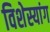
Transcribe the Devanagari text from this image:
विशेस्यांग